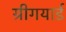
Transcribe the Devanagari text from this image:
ग्रीगयार्ड